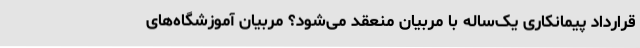
قرارداد پیمانکاری یک‌ساله با مربیان منعقد می‌شود؟ مربیان آموزشگاه‌های